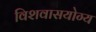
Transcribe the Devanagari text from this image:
विशवासयोग्य